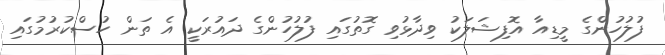
ފުލުހުންގެ މީޑިއާ އޮފިޝަލަކު ވިދާޅުވި ގޮތުގައި ފުލުހުންގެ ދައުރަކީ އެ ތަން ހުސްކުރުމުގައި